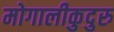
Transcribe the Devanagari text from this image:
मोगालीकुदुरु